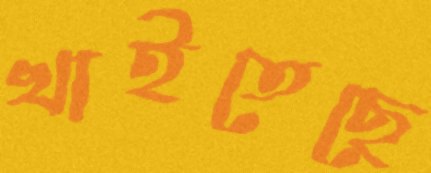
খাইতেছে